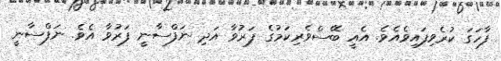
ފާހަގަ ކުރެވިފައިވެއެވެ. އެއީ ބޭސްވެރިކަމުގެ ފަރުވާ އަދި ނަފްސާނީ ފަރުވާ އެވެ. ނަފްސާނީ